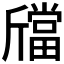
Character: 𣃉